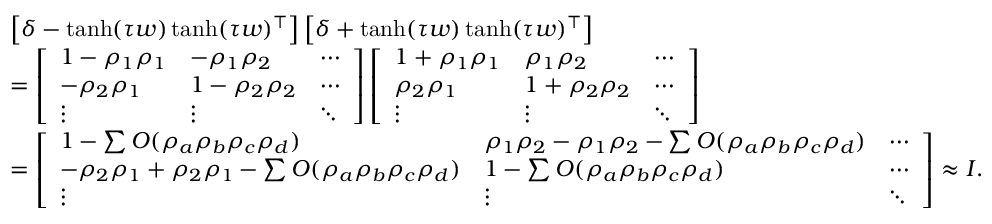
\begin{array} { r l } & { \left[ \delta - \operatorname { t a n h } ( \tau \boldsymbol { w } ) \operatorname { t a n h } ( \tau \boldsymbol { w } ) ^ { \top } \right] \left[ \delta + \operatorname { t a n h } ( \tau \boldsymbol { w } ) \operatorname { t a n h } ( \tau \boldsymbol { w } ) ^ { \top } \right] } \\ & { = \left[ \begin{array} { l l l } { 1 - \rho _ { 1 } \rho _ { 1 } } & { - \rho _ { 1 } \rho _ { 2 } } & { \cdots } \\ { - \rho _ { 2 } \rho _ { 1 } } & { 1 - \rho _ { 2 } \rho _ { 2 } } & { \cdots } \\ { \vdots } & { \vdots } & { \ddots } \end{array} \right] \left[ \begin{array} { l l l } { 1 + \rho _ { 1 } \rho _ { 1 } } & { \rho _ { 1 } \rho _ { 2 } } & { \cdots } \\ { \rho _ { 2 } \rho _ { 1 } } & { 1 + \rho _ { 2 } \rho _ { 2 } } & { \cdots } \\ { \vdots } & { \vdots } & { \ddots } \end{array} \right] } \\ & { = \left[ \begin{array} { l l l } { 1 - \sum O ( \rho _ { a } \rho _ { b } \rho _ { c } \rho _ { d } ) } & { \rho _ { 1 } \rho _ { 2 } - \rho _ { 1 } \rho _ { 2 } - \sum O ( \rho _ { a } \rho _ { b } \rho _ { c } \rho _ { d } ) } & { \cdots } \\ { - \rho _ { 2 } \rho _ { 1 } + \rho _ { 2 } \rho _ { 1 } - \sum O ( \rho _ { a } \rho _ { b } \rho _ { c } \rho _ { d } ) } & { 1 - \sum O ( \rho _ { a } \rho _ { b } \rho _ { c } \rho _ { d } ) } & { \cdots } \\ { \vdots } & { \vdots } & { \ddots } \end{array} \right] \approx \boldsymbol { I } . } \end{array}